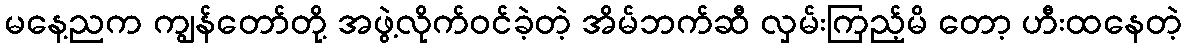
မနေ့ညက ကျွန်တော်တို့ အဖွဲ့လိုက်ဝင်ခဲ့တဲ့ အိမ်ဘက်ဆီ လှမ်းကြည့်မိ တော့ ဟီးထနေတဲ့